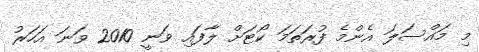
މި މައްސަލަ އެންމެ ފުރަތަމަ ކޯޓަށް ލާފައި ވަނީ 2010 ވަނަ އަހަރު